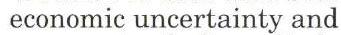
economic uncertainty and